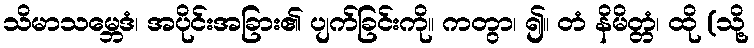
သိမာသမ္ဘေဒံ၊ အပိုင်းအခြား၏ ပျက်ခြင်းကို။ ကတွာ၊ ၍။ တံ နိမိတ္တံ၊ ထို (သို့